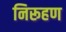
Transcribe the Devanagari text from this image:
निरूहण